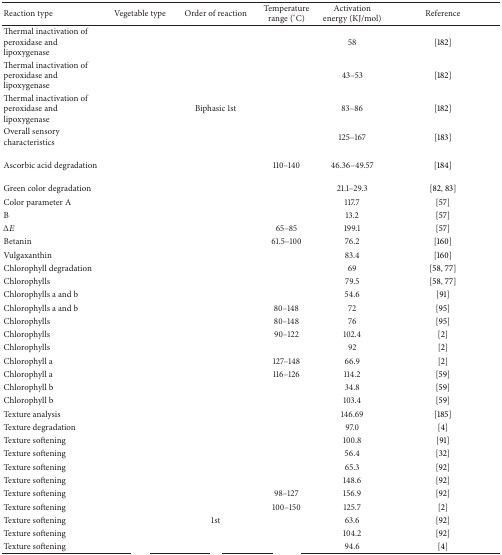
<table><thead><tr><td><b>Reaction type</b></td><td><b>Vegetable type</b></td><td><b>Order of reaction</b></td><td><b>Temperature range (°C)</b></td><td><b>Activation energy (KJ/mol)</b></td><td><b>Reference</b></td></tr></thead><tbody><tr><td>Thermal inactivation of peroxidase and lipoxygenase</td><td>[EMPTY_CELL]</td><td>[EMPTY_CELL]</td><td>[EMPTY_CELL]</td><td>58</td><td> [182]</td></tr><tr><td>Thermal inactivation of peroxidase and lipoxygenase</td><td>[EMPTY_CELL]</td><td>[EMPTY_CELL]</td><td>[EMPTY_CELL]</td><td>43–53</td><td> [182]</td></tr><tr><td>Thermal inactivation of peroxidase and lipoxygenase</td><td>[EMPTY_CELL]</td><td>Biphasic 1st</td><td>[EMPTY_CELL]</td><td>83–86</td><td> [182]</td></tr><tr><td>Overall sensory characteristics</td><td>[EMPTY_CELL]</td><td>[EMPTY_CELL]</td><td>[EMPTY_CELL]</td><td>125–167</td><td>[183]</td></tr><tr><td>Ascorbic acid degradation</td><td>[EMPTY_CELL]</td><td>[EMPTY_CELL]</td><td>110–140</td><td>46.36–49.57</td><td> [184]</td></tr><tr><td>Green color degradation</td><td>[EMPTY_CELL]</td><td>[EMPTY_CELL]</td><td>[EMPTY_CELL]</td><td>21.1–29.3</td><td> [82, 83]</td></tr><tr><td>Color parameter A</td><td>[EMPTY_CELL]</td><td>[EMPTY_CELL]</td><td>[EMPTY_CELL]</td><td>117.7</td><td> [57]</td></tr><tr><td>B</td><td>[EMPTY_CELL]</td><td>[EMPTY_CELL]</td><td>[EMPTY_CELL]</td><td>13.2</td><td> [57]</td></tr><tr><td>Δ<i>E</i></td><td>[EMPTY_CELL]</td><td>[EMPTY_CELL]</td><td>65–85</td><td>199.1</td><td> [57]</td></tr><tr><td>Betanin</td><td>[EMPTY_CELL]</td><td>[EMPTY_CELL]</td><td>61.5–100</td><td>76.2</td><td> [160]</td></tr><tr><td>Vulgaxanthin</td><td>[EMPTY_CELL]</td><td>[EMPTY_CELL]</td><td>[EMPTY_CELL]</td><td>83.4</td><td> [160]</td></tr><tr><td>Chlorophyll degradation</td><td>[EMPTY_CELL]</td><td>[EMPTY_CELL]</td><td>[EMPTY_CELL]</td><td>69</td><td> [58, 77]</td></tr><tr><td>Chlorophylls</td><td>[EMPTY_CELL]</td><td>[EMPTY_CELL]</td><td>[EMPTY_CELL]</td><td>79.5</td><td> [58, 77]</td></tr><tr><td>Chlorophylls a and b</td><td>[EMPTY_CELL]</td><td>[EMPTY_CELL]</td><td>[EMPTY_CELL]</td><td>54.6</td><td>[91]</td></tr><tr><td>Chlorophylls a and b</td><td>[EMPTY_CELL]</td><td>[EMPTY_CELL]</td><td>80–148</td><td>72</td><td> [95]</td></tr><tr><td>Chlorophylls</td><td>[EMPTY_CELL]</td><td>[EMPTY_CELL]</td><td>80–148</td><td>76</td><td> [95]</td></tr><tr><td>Chlorophylls</td><td>[EMPTY_CELL]</td><td>[EMPTY_CELL]</td><td>90–122</td><td>102.4</td><td> [2]</td></tr><tr><td>Chlorophylls</td><td>[EMPTY_CELL]</td><td>[EMPTY_CELL]</td><td>[EMPTY_CELL]</td><td>92</td><td> [2]</td></tr><tr><td>Chlorophyll a</td><td>[EMPTY_CELL]</td><td>[EMPTY_CELL]</td><td>127–148</td><td>66.9</td><td> [2]</td></tr><tr><td>Chlorophyll a</td><td>[EMPTY_CELL]</td><td>[EMPTY_CELL]</td><td>116–126</td><td>114.2</td><td> [59]</td></tr><tr><td>Chlorophyll b</td><td>[EMPTY_CELL]</td><td>[EMPTY_CELL]</td><td>[EMPTY_CELL]</td><td>34.8</td><td> [59]</td></tr><tr><td>Chlorophyll b</td><td>[EMPTY_CELL]</td><td>[EMPTY_CELL]</td><td>[EMPTY_CELL]</td><td>103.4</td><td> [59]</td></tr><tr><td>Texture analysis </td><td>[EMPTY_CELL]</td><td>[EMPTY_CELL]</td><td>[EMPTY_CELL]</td><td>146.69</td><td> [185]</td></tr><tr><td>Texture degradation </td><td>[EMPTY_CELL]</td><td>[EMPTY_CELL]</td><td>[EMPTY_CELL]</td><td>97.0</td><td> [4]</td></tr><tr><td>Texture softening </td><td>[EMPTY_CELL]</td><td>[EMPTY_CELL]</td><td>[EMPTY_CELL]</td><td>100.8</td><td> [91]</td></tr><tr><td>Texture softening</td><td>[EMPTY_CELL]</td><td>[EMPTY_CELL]</td><td>[EMPTY_CELL]</td><td>56.4</td><td> [32]</td></tr><tr><td>Texture softening</td><td>[EMPTY_CELL]</td><td>[EMPTY_CELL]</td><td>[EMPTY_CELL]</td><td>65.3</td><td> [92]</td></tr><tr><td>Texture softening</td><td>[EMPTY_CELL]</td><td>[EMPTY_CELL]</td><td>[EMPTY_CELL]</td><td>148.6</td><td> [92]</td></tr><tr><td>Texture softening</td><td>[EMPTY_CELL]</td><td>[EMPTY_CELL]</td><td>98–127</td><td>156.9</td><td> [92]</td></tr><tr><td>Texture softening</td><td>[EMPTY_CELL]</td><td>[EMPTY_CELL]</td><td>100–150</td><td>125.7</td><td>[2]</td></tr><tr><td>Texture softening</td><td>[EMPTY_CELL]</td><td>1st</td><td>[EMPTY_CELL]</td><td>63.6</td><td> [92]</td></tr><tr><td>Texture softening</td><td>[EMPTY_CELL]</td><td>[EMPTY_CELL]</td><td>[EMPTY_CELL]</td><td>104.2</td><td> [92]</td></tr><tr><td>Texture softening</td><td>[EMPTY_CELL]</td><td>[EMPTY_CELL]</td><td>[EMPTY_CELL]</td><td>94.6</td><td> [4]</td></tr></tbody></table>